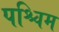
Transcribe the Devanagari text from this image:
पश्चिम